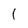
Character: 1